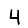
Digit: 4